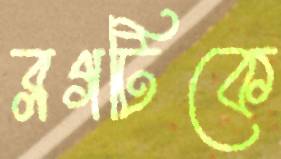
ব্লগটিকে